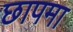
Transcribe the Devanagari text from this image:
छापमा